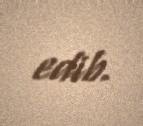
edib.